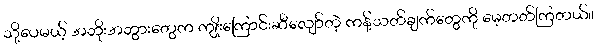
သို့ပေမယ့် အဘိုးအဘွားတွေက ကျိုးကြောင်းဆီလျော်တဲ့ ကန့်သတ်ချက်တွေကို မေ့တတ်ကြတယ်။